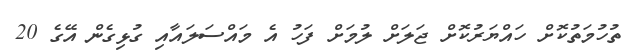
ތުހުމަތުކޮށް ހައްޔަރުކޮށް ޖަލަށް ލުމަށް ފަހު އެ މައްސަލައާއި ގުޅިގެން އޭގެ 20